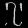
Digit: ၇